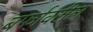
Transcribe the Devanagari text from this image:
बर्फावरील